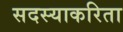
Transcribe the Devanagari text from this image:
सदस्याकरिता